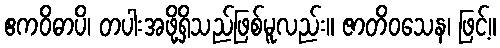
ဧကဝိဓာပိ၊ တပါးအဖို့ရှိသည်ဖြစ်မူလည်း။ ဇာတိဝသေန၊ ဖြင့်။